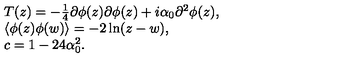
\begin{array} { r c l } { } & { } & { T ( z ) = - \frac { 1 } { 4 } \partial \phi ( z ) \partial \phi ( z ) + i \alpha _ { 0 } \partial ^ { 2 } \phi ( z ) , } \\ { } & { } & { \langle \phi ( z ) \phi ( w ) \rangle = - 2 \ln ( z - w ) , } \\ { } & { } & { c = 1 - 2 4 \alpha _ { 0 } ^ { 2 } . } \\ \end{array}